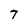
Character: 7